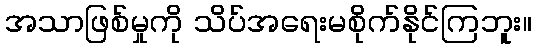
အသာဖြစ်မှုကို သိပ်အရေးမစိုက်နိုင်ကြဘူး။